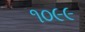
૧૦૯૯